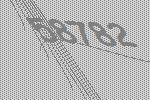
58782